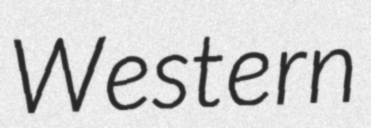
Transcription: Western